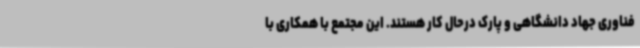
فناوری جهاد دانشگاهی و پارک درحال کار هستند. این مجتمع با همکاری با